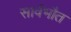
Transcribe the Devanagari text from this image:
सार्वभौत